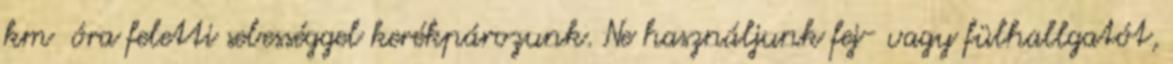
km óra feletti sebességgel kerékpározunk. Ne használjunk fej- vagy fülhallgatót,